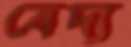
বেদ্য